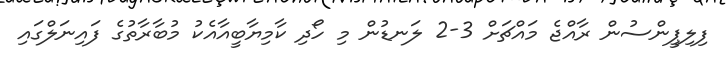
ފިލިޕީންސުން ރާއްޖެ މައްޗަށް 3-2 ލަނޑުން މި ހޯދި ކާމިޔާބީއާއެކު މުބާރާތުގެ ފައިނަލްގައި